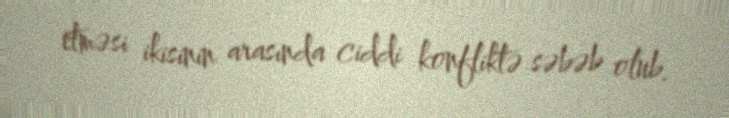
etməsi ikisinin arasında ciddi konfliktə səbəb olub.